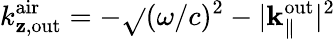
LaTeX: k_{\mathbf{z},\mathrm{{out}}}^{\mathrm{{air}}}=-\sqrt{}{{(\omega/c)^{2}-|{\mathbf{k}}_{\parallel}^{\mathrm{{out}}}|^{2}}}